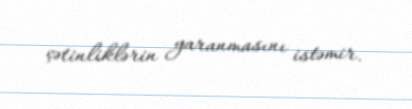
çətinliklərin yaranmasını istəmir.